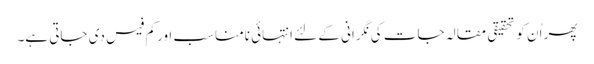
پھر اُن کو تحقیقی مقالہ جات کی نگرانی کے لئے انتہائی نامناسب اور کم فیس دی جاتی ہے۔